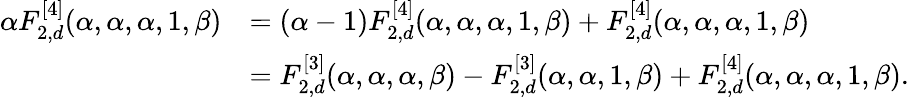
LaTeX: \begin{array}{rl}{\alpha F_{2,d}^{[4]}(\alpha,\alpha,\alpha,1,\beta)}&{=(\alpha-1)F_{2,d}^{[4]}(\alpha,\alpha,\alpha,1,\beta)+F_{2,d}^{[4]}(\alpha,\alpha,\alpha,1,\beta)}\\ &{=F_{2,d}^{[3]}(\alpha,\alpha,\alpha,\beta)-F_{2,d}^{[3]}(\alpha,\alpha,1,\beta)+F_{2,d}^{[4]}(\alpha,\alpha,\alpha,1,\beta).}\end{array}